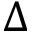
\Delta